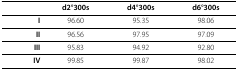
<table><thead><tr><td></td><td><b>d2°300s</b></td><td><b>d4°300s</b></td><td><b>d6°300s</b></td></tr></thead><tbody><tr><td><b>I</b></td><td>96.60</td><td>95.35</td><td>98.06</td></tr><tr><td><b>II</b></td><td>96.56</td><td>97.95</td><td>97.09</td></tr><tr><td><b>III</b></td><td>95.83</td><td>94.92</td><td>92.80</td></tr><tr><td><b>IV</b></td><td>99.85</td><td>99.87</td><td>98.02</td></tr></tbody></table>